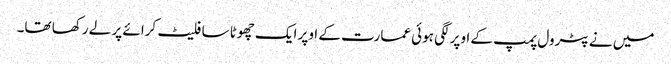
میں نے پٹرول پمپ کے اوپر لگی ہوئی عمارت کے اوپر ایک چھوٹا سا فلیٹ کرائے پر لے رکھا تھا۔